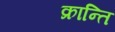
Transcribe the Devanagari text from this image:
क्रान्‍ति